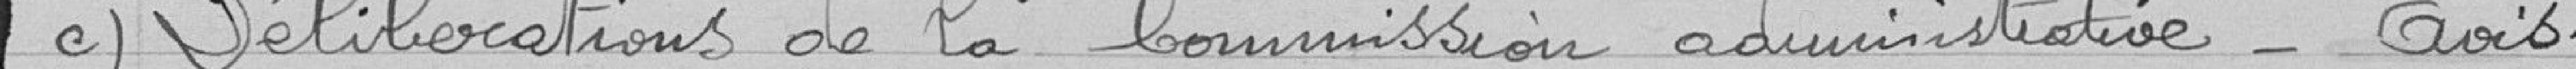
c) Délibérations de la commission administrative - avis